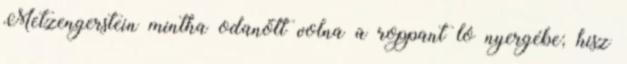
Metzengerstein mintha odanőtt volna a roppant ló nyergébe; hisz